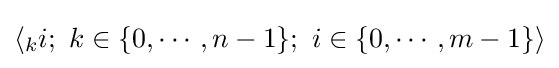
\left\langle {}_{k}i;\ k\in \{0,\cdots ,n-1\};\ i\in \{0,\cdots ,m-1\}\right\rangle